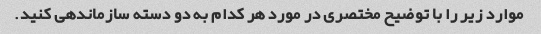
موارد زیر را با توضیح مختصری در مورد هر کدام به دو دسته سازماندهی کنید.